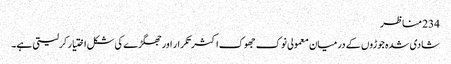
234 مناظر
شادی شدہ جوڑوں کے درمیان معمولی نوک جھوک اکثر تکرار اور جھگڑے کی شکل اختیار کرلیتی ہے۔